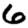
Digit: 6